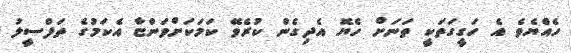
ހެއްޔެވެ އެ ހަގީގަތަކީ ތަނަށް ހެޔޮ އެދިގެން ކުރެވޭ ކަމަކަށްވަންޏާ އެކަމުގެ ތަފްސީލު